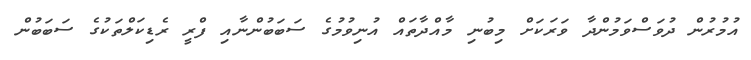
އުމުރުން ދުވަސްވަމުންދާ ވަރަކަށް މިބުނި މާއްދާތައް އުނިވުމުގެ ސަބަބުންނާއި ފްރީ ރެޑިކަލްތަކުގެ ސަބަބުން